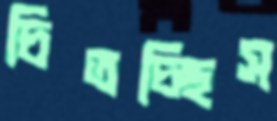
চিতচ্ছিস